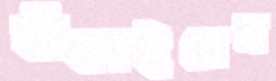
বাঁকাইবেন